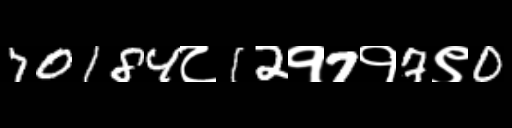
Text: 70184८12१7१7९0